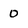
Character: 0